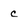
Character: c